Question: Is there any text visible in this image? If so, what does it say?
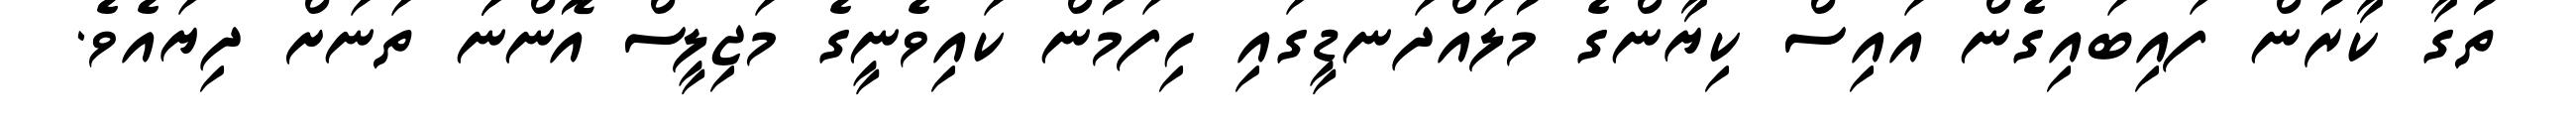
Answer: ތުގާ ކާރުން ފައިބައިގެން އައިސް ކިޔާންގެ މުލައްދަނޑީގައި ހިފަމުން ކައިވެނީގެ މަޖިލީސް އޮންނަަ ތަނަށް ދިޔައެވެ.